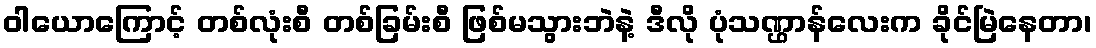
ဝါယောကြောင့် တစ်လုံးစီ တစ်ခြမ်းစီ ဖြစ်မသွားဘဲနဲ့ ဒီလို ပုံသဏ္ဌာန်လေးက ခိုင်မြဲနေတာ၊